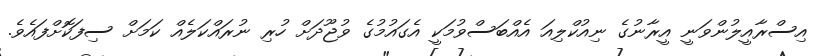
އިސްރާއީލުންވަނީ އީރާނުގެ ނިއުކްލިއަ އެއްބަސްވުމަކީ އެގައުމުގެ ވުޖޫދަށް ހުރި ނުރައްކަލެއް ކަމަށް ސިފަކޮށްފައެވެ.